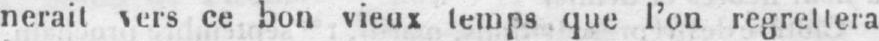
nerait vers ce bon vieux temps que l’on regrettera